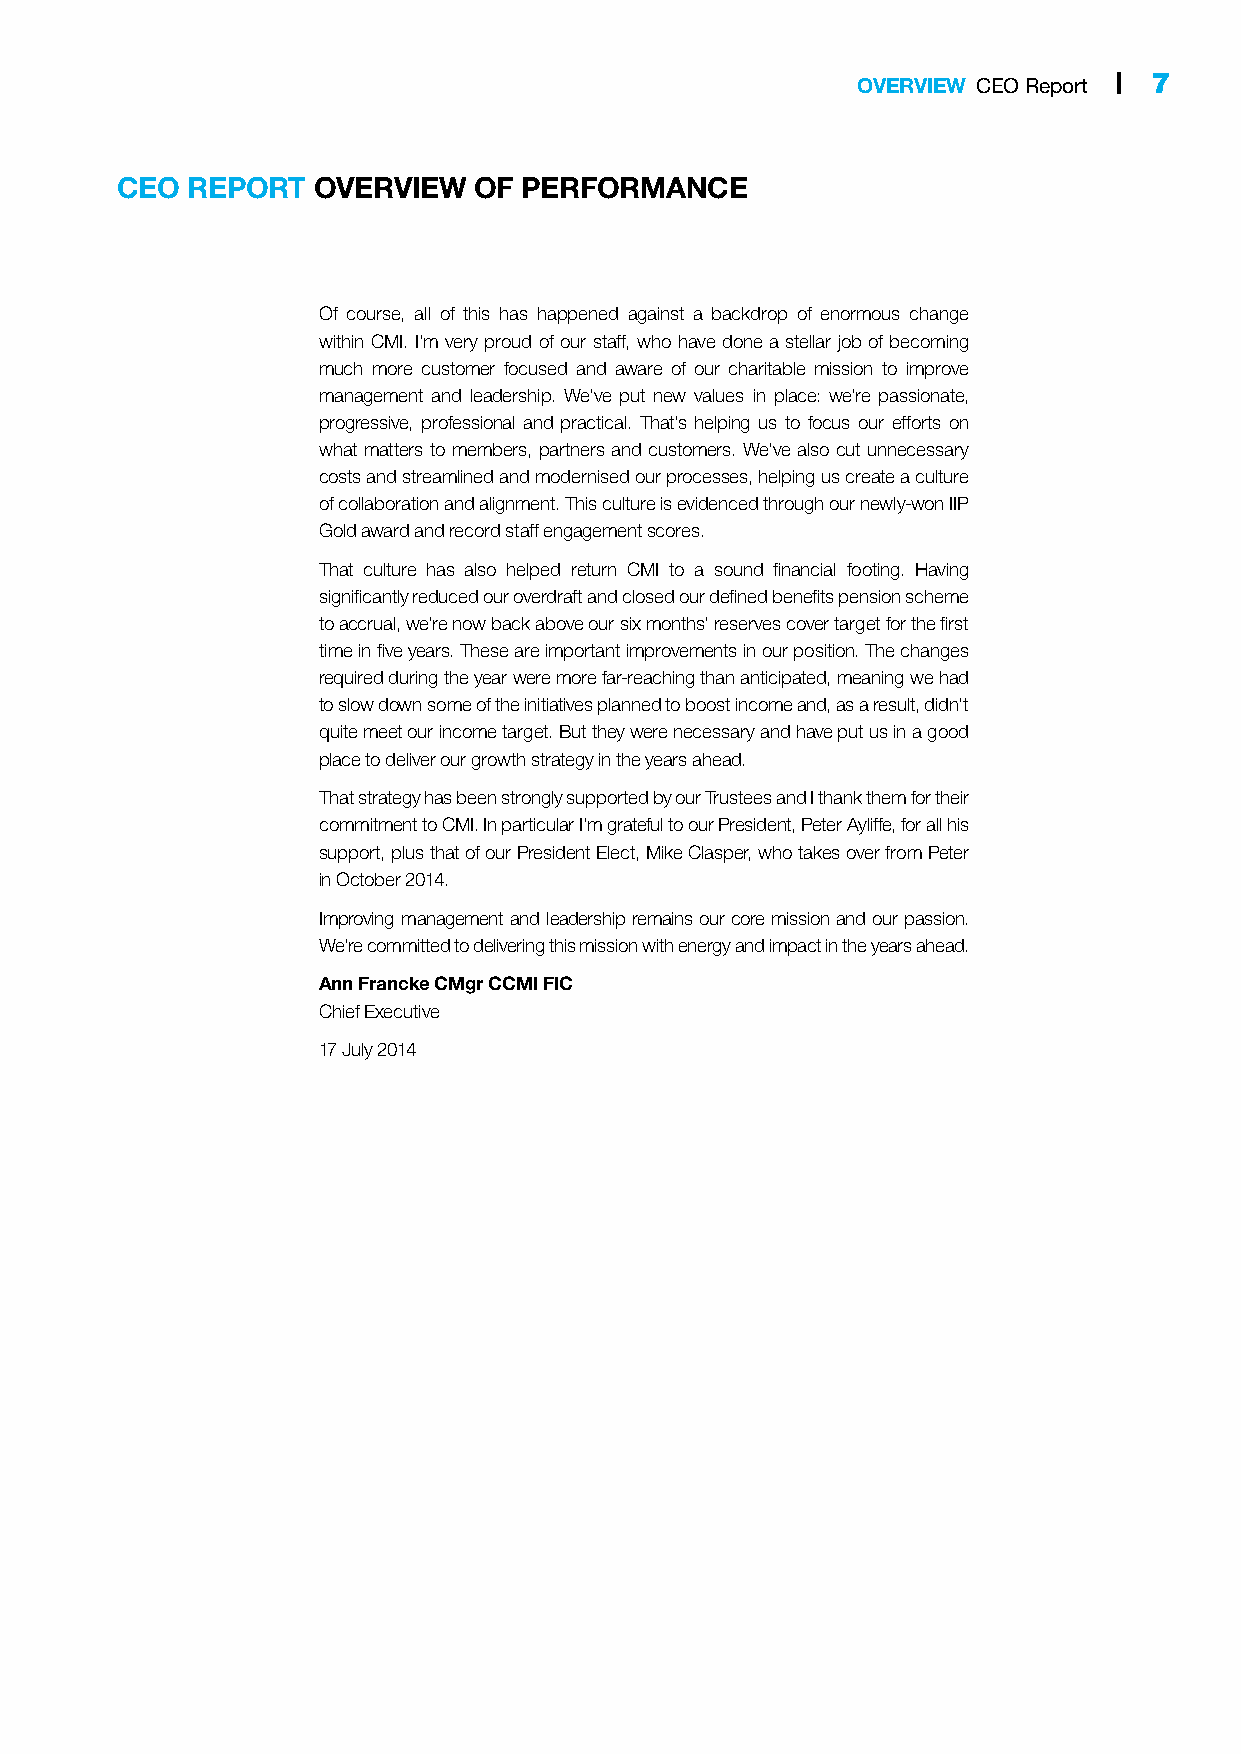
OVERVIEW CEO Report | 7
 CEO REPORT   OVERVIEW  OF  PERFORMANCE
 Of course, all of this has happened against a backdrop of enormous change
 within CMI. I’m very proud of our staff, who have done a stellar job of becoming
 much more customer focused and aware of our charitable mission to improve
 management and leadership. We’ve put new values in place: we’re passionate,
 progressive, professional and practical. That’s helping us to focus our efforts on
 what matters to members, partners and customers. We’ve also cut unnecessary
 costs and streamlined and modernised our processes, helping us create a culture
 of collaboration and alignment. This culture is evidenced through our newly-won IIP
 Gold award and record staff engagement scores.
 That culture has also helped return CMI to a sound financial footing. Having
 significantly reduced our overdraft and closed our defined benefits pension scheme
 to accrual, we’re now back above our six months’ reserves cover target for the first
 time in five years. These are important improvements in our position. The changes
 required during the year were more far-reaching than anticipated, meaning we had
 to slow down some of the initiatives planned to boost income and, as a result, didn’t
 quite meet our income target. But they were necessary and have put us in a good
 place to deliver our growth strategy in the years ahead.
 That strategy has been strongly supported by our Trustees and I thank them for their
 commitment to CMI. In particular I’m grateful to our President, Peter Ayliffe, for all his
 support, plus that of our President Elect, Mike Clasper, who takes over from Peter
 in October 2014.
 Improving management and leadership remains our core mission and our passion.
 We’re committed to delivering this mission with energy and impact in the years ahead.
 Ann Francke CMgr CCMI FIC
 Chief Executive
 17 July 2014